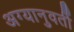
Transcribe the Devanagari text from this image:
अग्यानुवर्ती